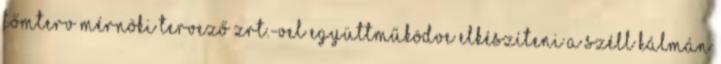
Főmterv Mérnöki Tervező Zrt.-vel együttműködve elkészíteni a Széll Kálmán